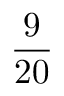
\frac { 9 } { 2 0 }